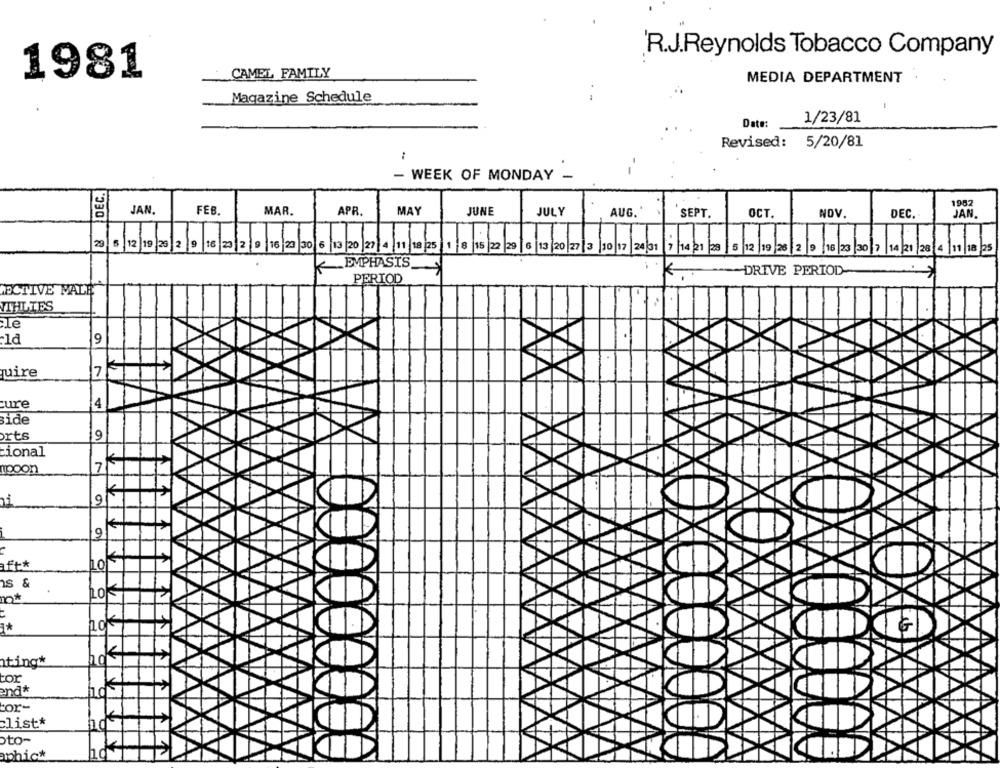
R.J.Reynolds Tobacco Company
1981
CAMEL FAMILY
MEDIA DEPARTMENT
Magazine Schedule
Date:
1/23/81
Revised: 5/20/81
- WEEK OF MONDAY .
-
DEC.
1982
JAN.
FEB.
MAR.
APR.
MAY
JUNE
JULY
AUG.'
SEPT.
OCT.
NOV.
DEC.
JAN
29
5
7/14/21 28
12 19 26 2 9 16 23 30 7 14 21 28 4 11 |18 25
K
EMPHASIS_
K
DRIVE PERIOD
PERIOD
ACTIVE MALE
JIHLIES
9
-1d
uire
ure
4
side
orts
9
cional
7
mipoon
K
9
9
aft*
1S &
Lokś
3*
ting
tor
end*
20€
cor-
clist*
oto-
aphick